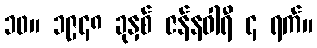
၁၀။ ၁၉၄၈ ခုနှစ် ဇန်နဝါရီ ၄ ရက်။